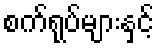
စက်ရုပ်များနှင့်